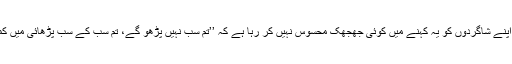
ایک استاد اپنے شاگردوں کو یہ کہنے میں کوئی جھجھک محسوس نہیں کر رہا ہے کہ ’’تم سب نہیں پڑھو گے، تم سب کے سب پڑھائی میں کمزور ہو‘‘۔